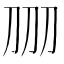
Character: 𱐕